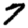
Digit: 7